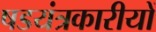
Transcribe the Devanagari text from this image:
षडयंत्रकारीयों